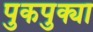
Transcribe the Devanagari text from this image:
पुकपुक्या